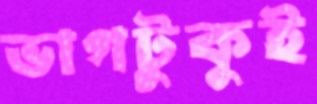
ভাগটুকুই